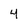
Character: 4